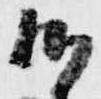
候